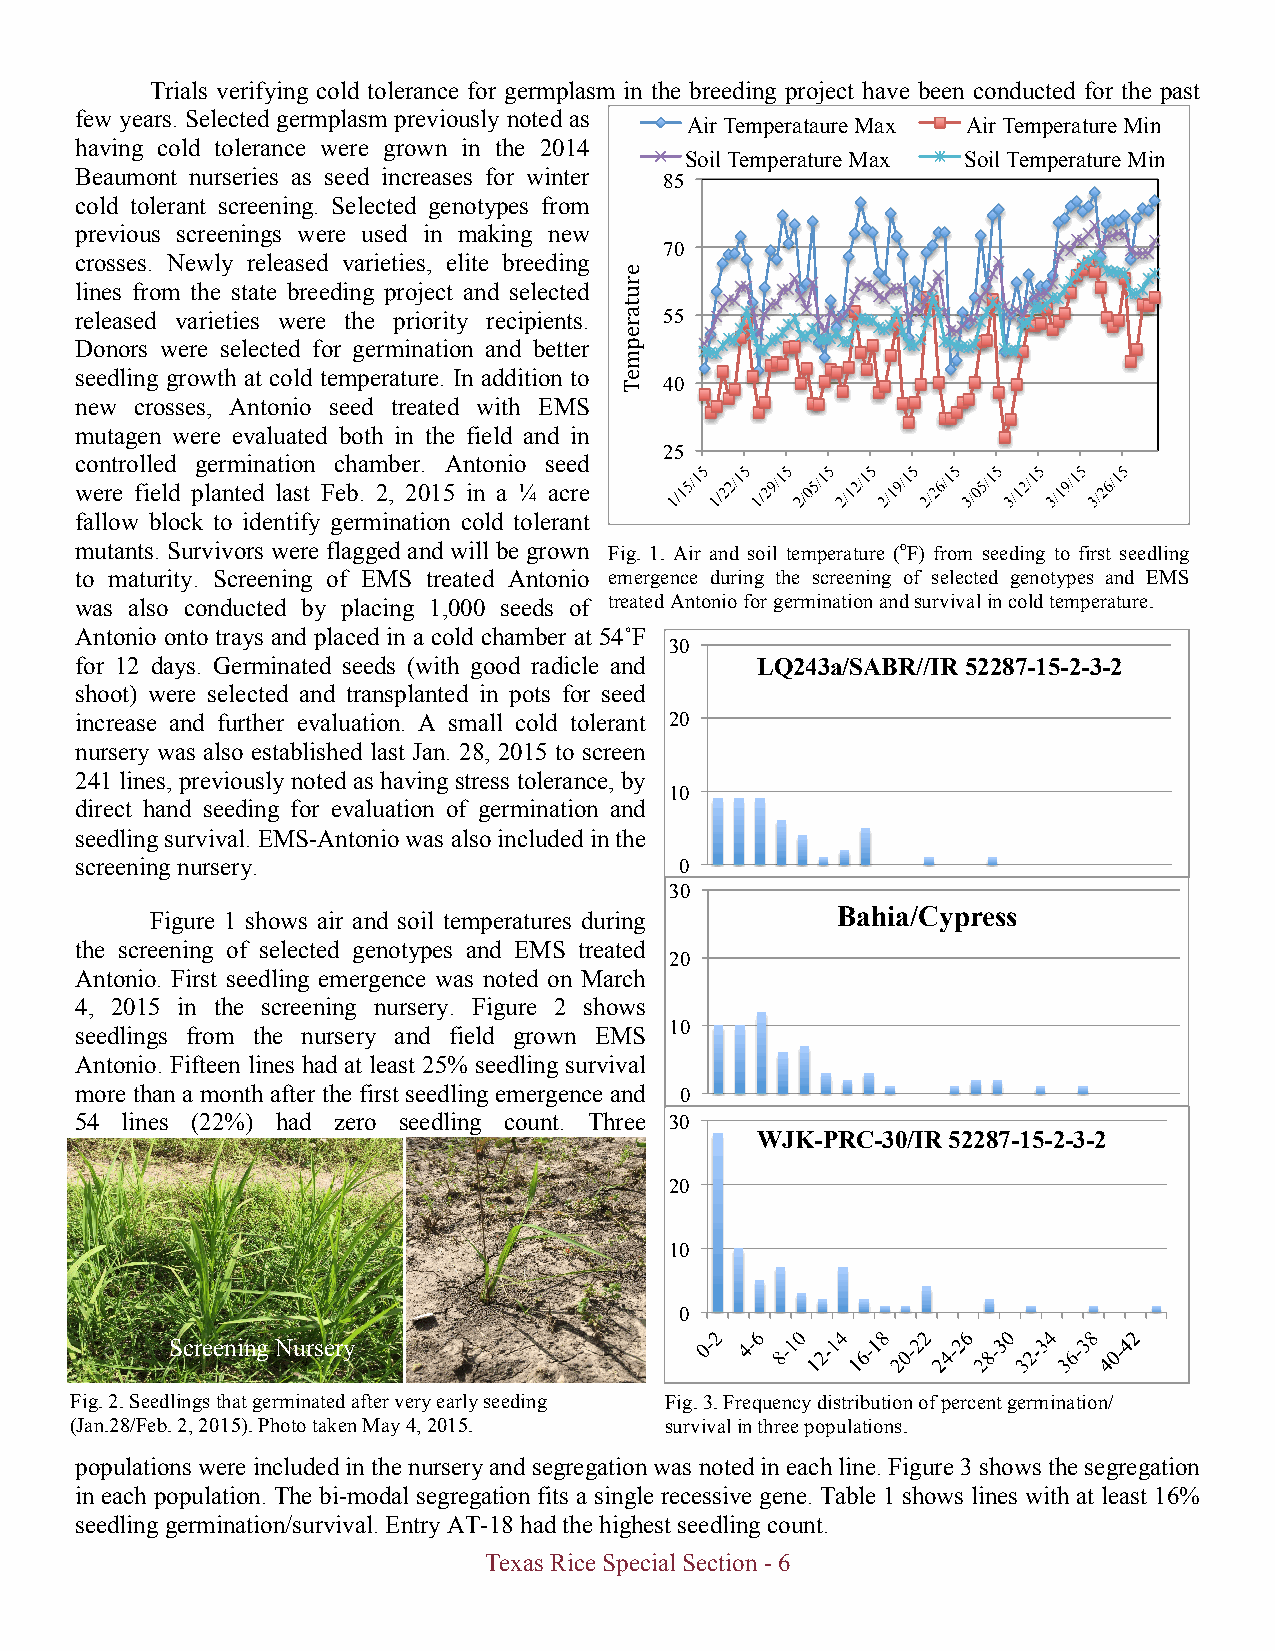
Trials verifying cold tolerance for germplasm in the breeding project have been conducted for the past
 few years. Selected germplasm previously noted as
 Air Temperataure Max Air Temperature Min
 having cold tolerance were grown in the 2014
 Soil Temperature Max Soil Temperature Min
 Beaumont nurseries as seed increases for winter
 85
 cold tolerant screening. Selected genotypes from
 previous screenings were used in making new
 70
 crosses. Newly released varieties, elite breeding
 lines from the state breeding project and selected
 released varieties were the priority recipients. 55
 Donors were selected for germination and better
 seedling growth at cold temperature. In addition to
 40
 new crosses, Antonio seed treated with EMS
 mutagen were evaluated both in the field and in
 25
 controlled germination chamber. Antonio seed
 were field planted last Feb. 2, 2015 in a ¼ acre
 fallow block to identify germination cold tolerant
 mutants. Survivors were flagged and will be grown Fig. 1. Air and soil temperature (oF) from seeding to first seedling
 to maturity. Screening of EMS treated Antonio emergence during the screening of selected genotypes and EMS
 was also conducted by placing 1,000 seeds of treated Antonio for germination and survival in cold temperature.
 Antonio onto trays and placed in a cold chamber at 54˚F
 30
 for 12 days. Germinated seeds (with good radicle and LQ243a/SABR//IR 52287-15-2-3-2
 shoot) were selected and transplanted in pots for seed
 increase and further evaluation. A small cold tolerant 20
 nursery was also established last Jan. 28, 2015 to screen
 241 lines, previously noted as having stress tolerance, by
 10
 direct hand seeding for evaluation of germination and
 seedling survival. EMS-Antonio was also included in the
 screening nursery.                      0
 30
 Figure 1 shows air and soil temperatures during Bahia/Cypress
 the screening of selected genotypes and EMS treated
 20
 Antonio. First seedling emergence was noted on March
 4, 2015 in the screening nursery. Figure 2 shows
 10
 seedlings from the nursery and field grown EMS
 Antonio. Fifteen lines had at least 25% seedling survival
 more than a month after the first seedling emergence and 0
 54 lines (22%) had zero seedling count. Three 30
 WJK-PRC-30/IR 52287-15-2-3-2
 20
 10
 0
 Screening Nursery
 Fig. 2. Seedlings that germinated after very early seeding Fig. 3. Frequency distribution of percent germination/
 (Jan.28/Feb. 2, 2015). Photo taken May 4, 2015. survival in three populations.
 populations were included in the nursery and segregation was noted in each line. Figure 3 shows the segregation
 in each population. The bi-modal segregation fits a single recessive gene. Table 1 shows lines with at least 16%
 seedling germination/survival. Entry AT-18 had the highest seedling count.
 Texas Rice Special Section - 6
 erutarepmeT